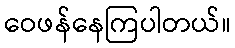
ဝေဖန်နေကြပါတယ်။